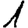
Digit: 1